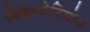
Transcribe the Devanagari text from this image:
निकेलोडियोन